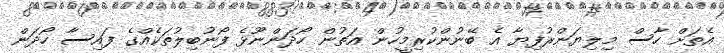
އެތަށް ހާސް މިލިޔަންރުފިޔާ އެ ބޭނުންކުރިމީހުން އަތުން ހޯދަންނޫޅެ ފޯނުބިލުތަކެއްގެ ފައިސާ ހޯދަން